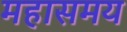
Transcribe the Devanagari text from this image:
महासमय